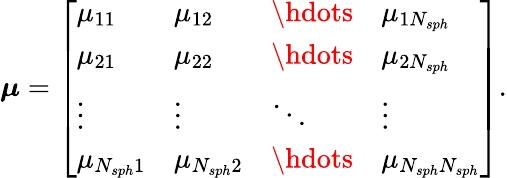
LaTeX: \begin{array}{r}{\boldsymbol\mu=\left[\begin{array}{llll}{\mu_{11}}&{\mu_{12}}&{\hdots}&{\mu_{1N_{sph}}}\\ {\mu_{21}}&{\mu_{22}}&{\hdots}&{\mu_{2N_{sph}}}\\ {\vdots}&{\vdots}&{\ddots}&{\vdots}\\ {\mu_{N_{sph}1}}&{\mu_{N_{sph}2}}&{\hdots}&{\mu_{N_{sph}N_{sph}}}\end{array}\right].}\end{array}